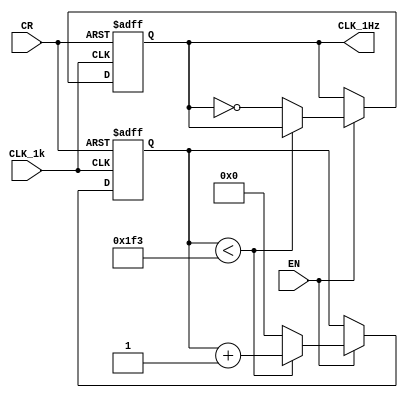
`timescale 1ns / 1ps
//////////////////////////////////////////////////////////////////////////////////
// Company: 
// 
// Design Name: 
// Module Name: FrequencyDivider_1Hz
// Project Name: 
// Target Devices: 
// Tool Versions: 
// Description: 
// 
// Dependencies: 
// 
// Revision:
// Revision 0.01 - File Created
// Additional Comments:
// 
//////////////////////////////////////////////////////////////////////////////////


module FrequencyDivider_1hz(
    input CLK_1k,
    input CR,
    input EN,
    output reg CLK_1Hz = 0
    );
    reg [8:0] state;
    always @(posedge CLK_1k or negedge CR)
        begin
            if (~CR)
                begin
                    CLK_1Hz <= 0;
                    state <= 0;
                end
            else if (~EN)
                begin
                    CLK_1Hz <= CLK_1Hz;
                    state <= state;
                end
//              for real use, here should be 499,but for test, we can change it into 49 or 4
            else if (state < 499) state <= state + 1'b1;
//              else if (state < 49) state <= state + 1'b1;
            //  else if (state < 4) state <= state +1'b1;
            else 
                begin
                    state <= 0;
                    CLK_1Hz <= ~CLK_1Hz;
                end
        end
endmodule